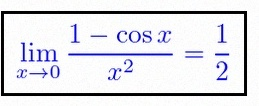
\lim_{x\to0}\frac{1-\cos x}{x^2}=\frac12